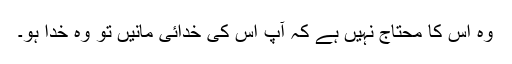
وہ اس کا محتاج نہیں ہے کہ آپ اس کی خدائی مانیں تو وہ خدا ہو۔